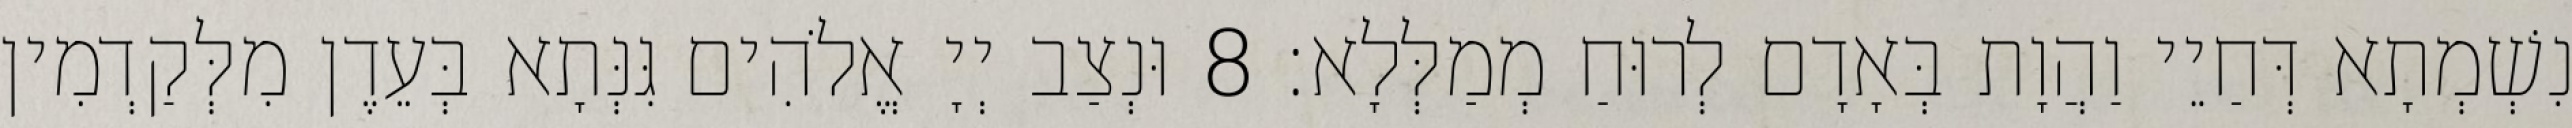
נִשְׁמְתָא דְּחַיֵי וַהֲוָת בְּאָדָם לְרוּחַ מְמַלְּלָא׃ 8 וּנְצַב יְיָ אֱלֹהִים גִּנְּתָא בְּעֵדֶן מִלְּקַדְמִין